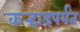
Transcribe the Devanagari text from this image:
कर्‍हाडपर्यंत